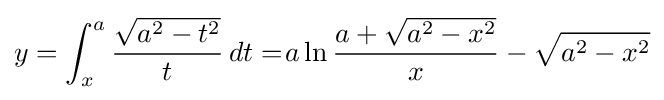
y=\int _{x}^{a}{\frac {\sqrt {a^{2}-t^{2}}}{t}}\,dt=\!a\ln {\frac {a+{\sqrt {a^{2}-x^{2}}}}{x}}-{\sqrt {a^{2}-x^{2}}}